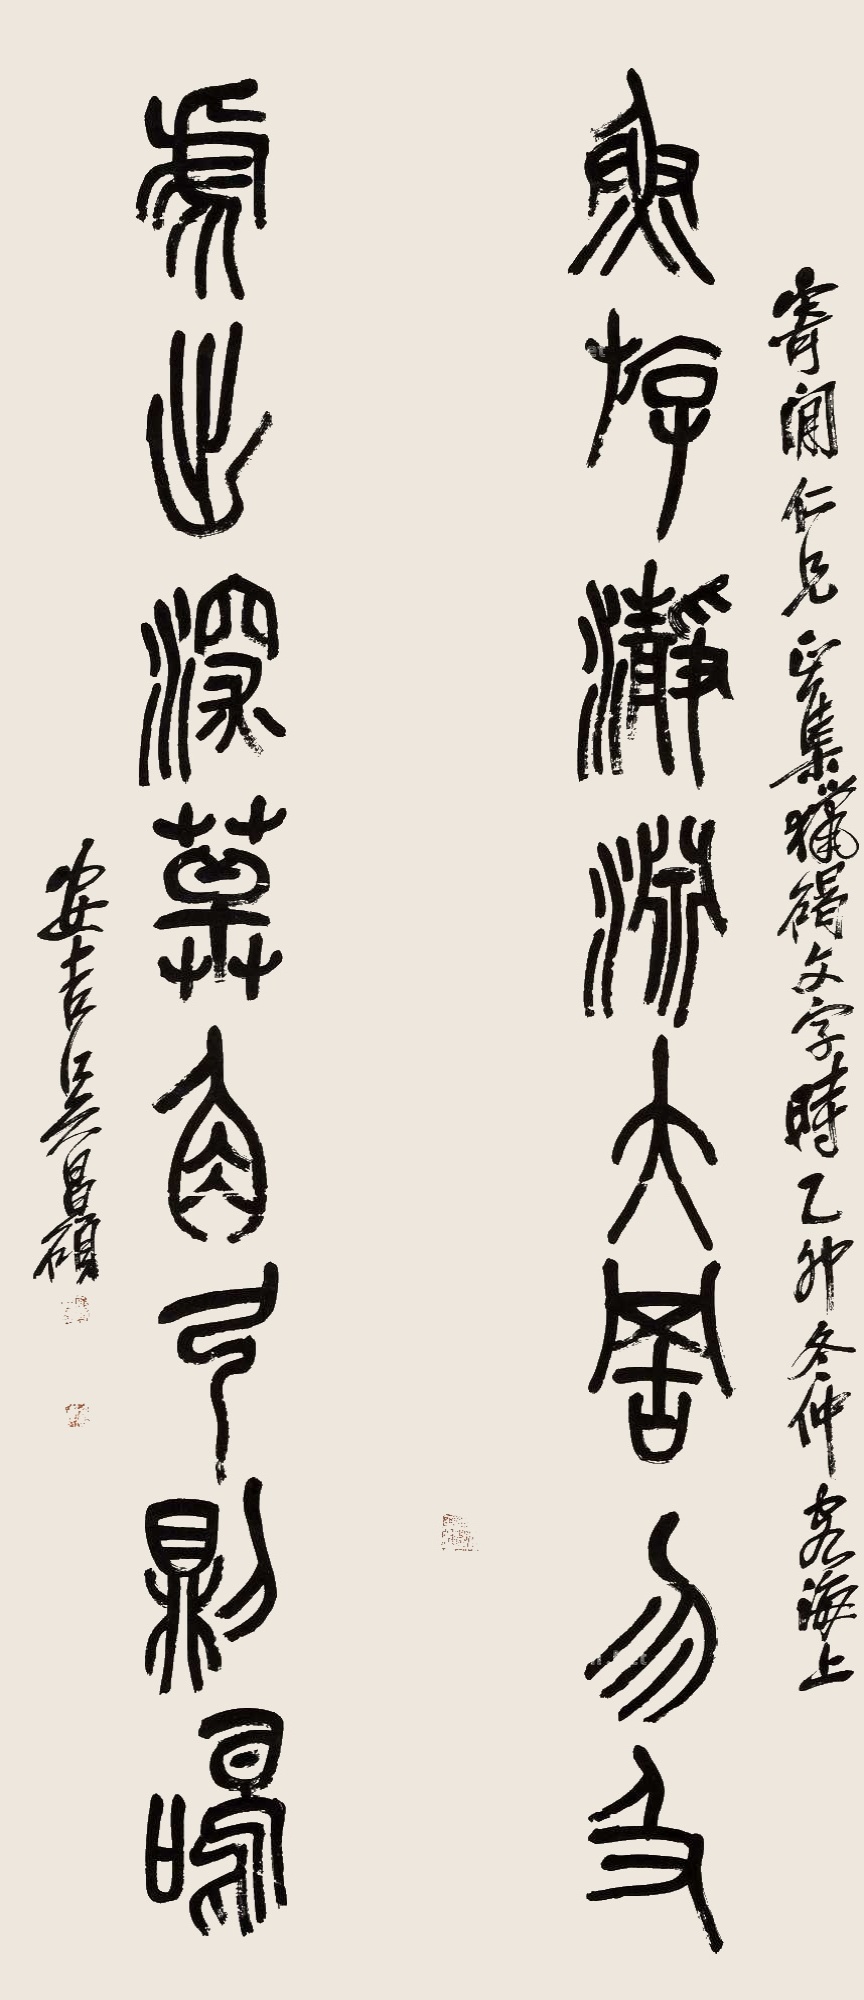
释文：鱼游瀞渊大罟勿及，虎出深草角弓则鸣。寄闲仁兄正，集猎碣文字，时乙卯冬仲客海上。安吉吴昌硕。